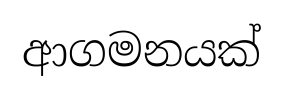
ආගමනයක්